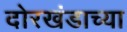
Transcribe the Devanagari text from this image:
दोरखंडाच्या